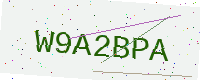
Text: W9A2BPA